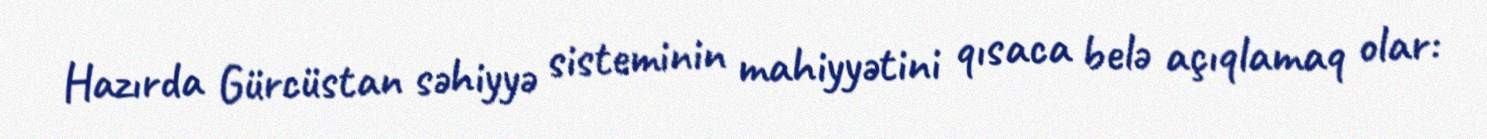
Hazırda Gürcüstan səhiyyə sisteminin mahiyyətini qısaca belə açıqlamaq olar: